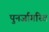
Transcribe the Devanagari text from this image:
पुनर्जागरित